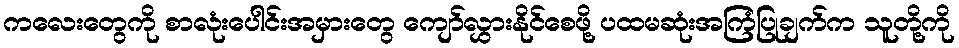
ကလေးတွေကို စာလုံးပေါင်းအမှားတွေ ကျော်လွှားနိုင်စေဖို့ ပထမဆုံးအကြံပြုချက်က သူတို့ကို